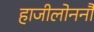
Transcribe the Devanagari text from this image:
हाजीलोननौ